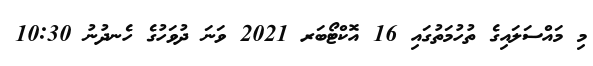
މި މައްސަލައިގެ ތުހުމަތުގައި 16 އޮކްޓޯބަރ 2021 ވަނަ ދުވަހުގެ ހެނދުނު 10:30